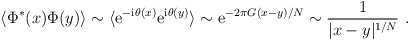
\begin{align*}\langle \Phi^*(x) \Phi(y) \rangle \sim \langle {\rm e}^{-{\rm i} \theta(x)}{\rm e}^{{\rm i} \theta(y)} \rangle \sim {\rm e}^{-2\pi G(x-y)/N}\sim \frac{1}{|x-y|^{1/N}} \ .\end{align*}